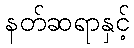
နတ်ဆရာနှင့်